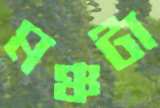
মঞ্চটা